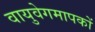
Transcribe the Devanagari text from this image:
वायुवेगमापकों